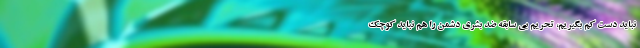
نباید دست کم بگیریم، تحریم بی سابقه ضد بشری دشمن را هم نباید کوچک